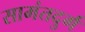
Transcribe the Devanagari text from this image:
सामंतदुर्ग